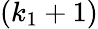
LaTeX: (k_{1}+1)